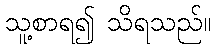
သူ့စာရ၍ သိရသည်။